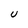
Character: U